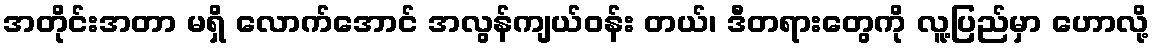
အတိုင်းအတာ မရှိ လောက်အောင် အလွန်ကျယ်ဝန်း တယ်၊ ဒီတရားတွေကို လူ့ပြည်မှာ ဟောလို့